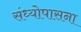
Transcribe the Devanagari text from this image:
संध्योपासना